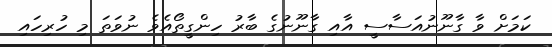
ކަމަށް ވާ ގާނޫނުއަސާސީ އާއި ގާނޫނުގެ ބާރު ހިންގީތޯއެވެ ނުވަތަ މި ހުރިހައި